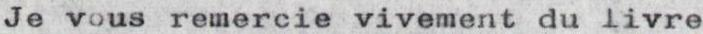
Je vous remercie vivement du livre